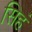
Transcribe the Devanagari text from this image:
सिहं